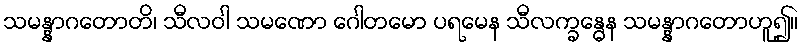
သမန္နာဂတောတိ၊ သီလဝါ သမဏော ဂေါတမော ပရမေန သီလက္ခန္ဓေန သမန္နာဂတောဟူ၍။